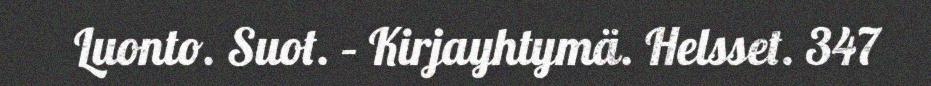
Luonto. Suot. – Kirjayhtymä. Helsset. 347